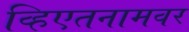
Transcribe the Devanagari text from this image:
व्हिएतनामवर